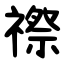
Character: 䄞